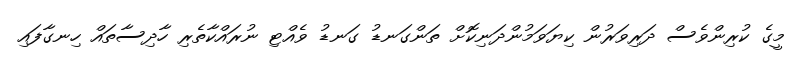
މީގެ ކުރިންވެސް ދަރިވަރުން ކިޔަވަމުންދަނިކޮށް ތަންގަނޑު ގަނޑު ވެއްޓި ނުރައްކާތެރި ހާދިސާތައް ހިނގާފައި